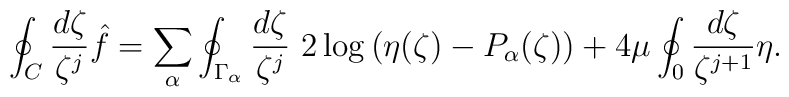
\oint_C \frac{d\zeta}{\zeta^j}\hat{f}=\sum_\alpha\oint_{\Gamma_\alpha} \frac{d\zeta}{\zeta^j}\ 2\log\left(\eta(\zeta)-P_{\alpha}(\zeta)\right)+4\mu\oint_0 \frac{d\zeta}{\zeta^{j+1}}\eta.